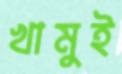
খামুই